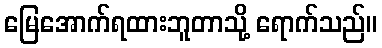
မြေအောက်ရထားဘူတာသို့ ရောက်သည်။